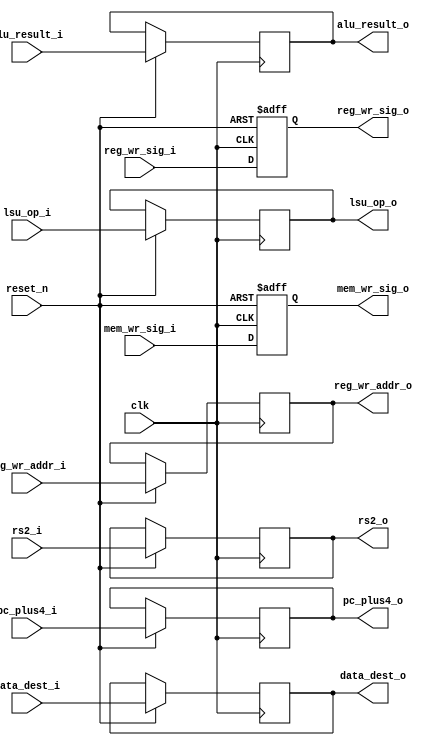
module ex_mem_register (
    input wire clk,
    input wire reset_n,

    input wire [31:0] pc_plus4_i,
    input wire [31:0] alu_result_i,
    input wire [31:0] rs2_i,
    input wire [1:0] data_dest_i,
    input wire [2:0] lsu_op_i,
    input wire [4:0] reg_wr_addr_i,
    input wire reg_wr_sig_i,
    input wire mem_wr_sig_i,

    output wire [31:0] pc_plus4_o,
    output wire [31:0] alu_result_o,
    output wire [31:0] rs2_o,
    output wire [1:0] data_dest_o,
    output wire [2:0] lsu_op_o,
    output wire [4:0] reg_wr_addr_o,
    output wire reg_wr_sig_o,
    output wire mem_wr_sig_o
);

    reg [31:0] pc_plus4;
    reg [31:0] alu_result;
    reg [31:0] rs2;
    reg [1:0] data_dest;
    reg [2:0] lsu_op;
    reg [4:0] reg_wr_addr;
    reg reg_wr_sig;
    reg mem_wr_sig;


    always @(posedge clk or negedge reset_n) begin
        if (!reset_n) begin
            reg_wr_sig <= 0;
            mem_wr_sig <= 0;
        end else begin
            alu_result <= alu_result_i;
            rs2 <= rs2_i;
            pc_plus4 <= pc_plus4_i;
            data_dest <= data_dest_i;
            lsu_op <= lsu_op_i;
            reg_wr_addr <= reg_wr_addr_i;
            reg_wr_sig <= reg_wr_sig_i;
            mem_wr_sig <= mem_wr_sig_i;
        end
    end

    assign alu_result_o = alu_result;
    assign rs2_o = rs2;
    assign pc_plus4_o = pc_plus4;
    assign data_dest_o = data_dest;
    assign lsu_op_o = lsu_op;
    assign reg_wr_addr_o = reg_wr_addr;
    assign reg_wr_sig_o = reg_wr_sig;
    assign mem_wr_sig_o = mem_wr_sig;
endmodule